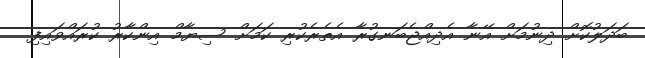
ބަދަލުކޮށް ދިނުމަށް އޭނާ އެދިއްޖެބަނގުރާ އެތެރެކުރި ކަމަށް ސިޔާމް އިންކާރު ކުރައްވައިފި